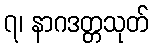
၇၊ နာဂဒတ္တသုတ်